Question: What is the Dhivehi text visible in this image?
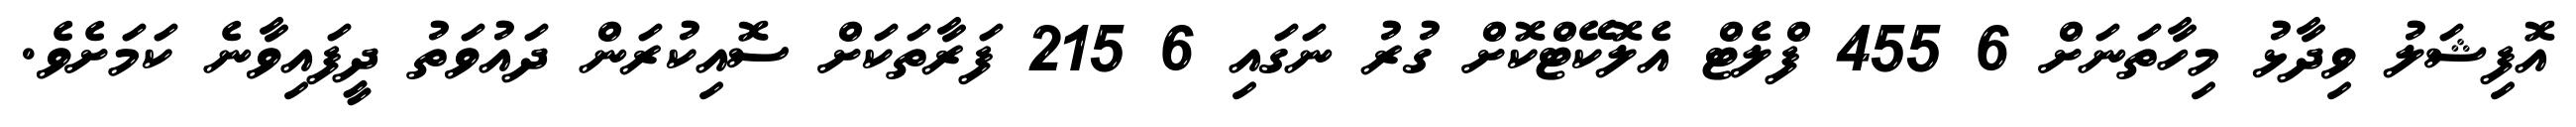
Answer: އޮފިޝަލު ވިދާޅު މިހާތަނަށް 6 455 ފްލެޓް އެލޮކޭޓްކޮށް ގުރު ނަގައި 6 215 ފަރާތަކަށް ސޮއިކުރަން ދައުވަތު ދީފައިވާނެ ކަމަށެވެ.